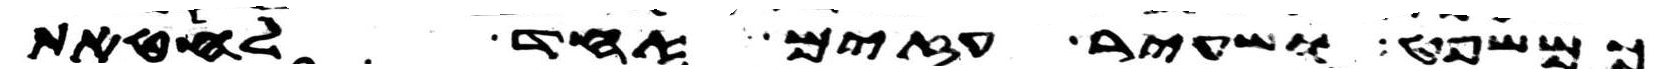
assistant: כמשפט ושעיר עזים אחד לחטאת